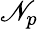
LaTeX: \mathscr{N}_{p}